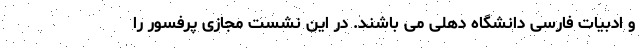
و ادبیات فارسی دانشگاه دهلی می باشند. در این نشست مجازی پرفسور را